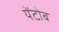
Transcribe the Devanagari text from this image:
येंटोब